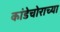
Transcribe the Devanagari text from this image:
कांडेचोराच्या